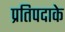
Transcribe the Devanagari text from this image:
प्रतिपदाके